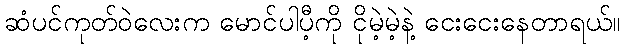
ဆံပင်ကုတ်ဝဲလေးက မောင်ပါပီ့ကို ငိုမဲ့မဲ့နဲ့ ငေးငေးနေတာရယ်။